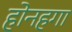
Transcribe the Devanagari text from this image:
होनहगा